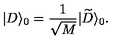
| D \rangle _ { 0 } = { \frac { 1 } { \sqrt { M } } } | { \widetilde D } \rangle _ { 0 } .